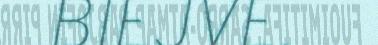
BIEJVE.